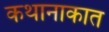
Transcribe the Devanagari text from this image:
कथानाकात